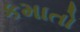
કમાતો